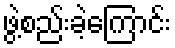
ဖွဲ့စည်းခဲ့ကြောင်း